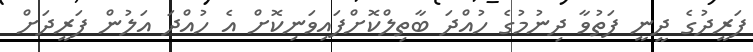
ފަރީދުގެ ދީނީ ފަތުވާ ދިނުމުގެ ހުއްދަ ބާތިލްކޮށްފައިވަނިކޮށް އެ ހުއްދަ އަލުން ފަރީދަށް